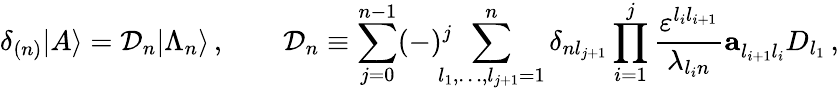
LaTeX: \delta_{(n)}|A\rangle={\cal D}_{n}|\Lambda_{n}\rangle\, ,\qquad{\cal D}_{n}\equiv\sum_{j=0}^{n-1}(-)^{j}\! \! \! \! \sum_{l_{1},\ldots,l_{j+1}=1}^{n}\delta_{nl_{j+1}}\prod_{i=1}^{j}\frac{\varepsilon^{l_{i}l_{i+1}}}{\lambda_{l_{i}n}}{\mathbf a}_{l_{i+1}l_{i}}^{}D_{l_{1}}\, ,